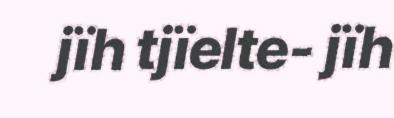
jïh tjïelte- jïh